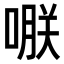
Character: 𠹻